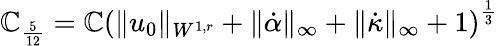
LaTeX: \mathbb{C}_{\frac{{5}}{{12}}}=\mathbb{C}\left(\| u_{0}\| _{W^{1,r}}+\| \dot{{\alpha}}\| _{\infty}+\| \dot{{\kappa}}\| _{\infty}+1\right)^{\frac{{1}}{{3}}}